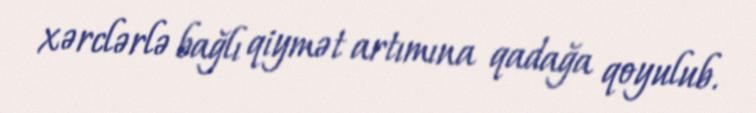
xərclərlə bağlı qiymət artımına qadağa qoyulub.